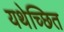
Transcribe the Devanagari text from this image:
यथेच्छित